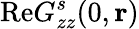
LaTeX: \mathrm{Re}G_{zz}^{s}(0,{\mathbf r})